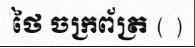
ថៃ ចក្រព័ត្រ ( )